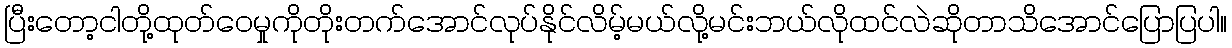
ပြီးတော့ငါတို့ထုတ်ဝေမှုကိုတိုးတက်အောင်လုပ်နိုင်လိမ့်မယ်လို့မင်းဘယ်လိုထင်လဲဆိုတာသိအောင်ပြောပြပါ။